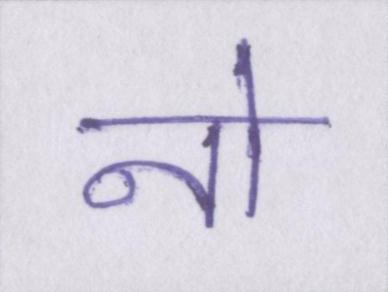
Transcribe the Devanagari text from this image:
नो